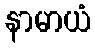
နာမာယံ